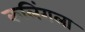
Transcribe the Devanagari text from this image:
कलिंगला